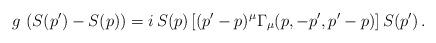
LaTeX: \begin{align*} g\, \left(S(p')-S(p)\right) = i\,S (p) \left[ (p'-p)^\mu \Gamma_\mu(p,-p',p'-p) \right] S(p') \, .\end{align*}